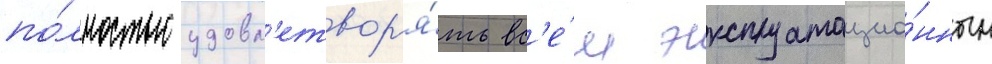
по́лностью удовл'етвор'я́ть вс'е́м эксплуатацио́нным